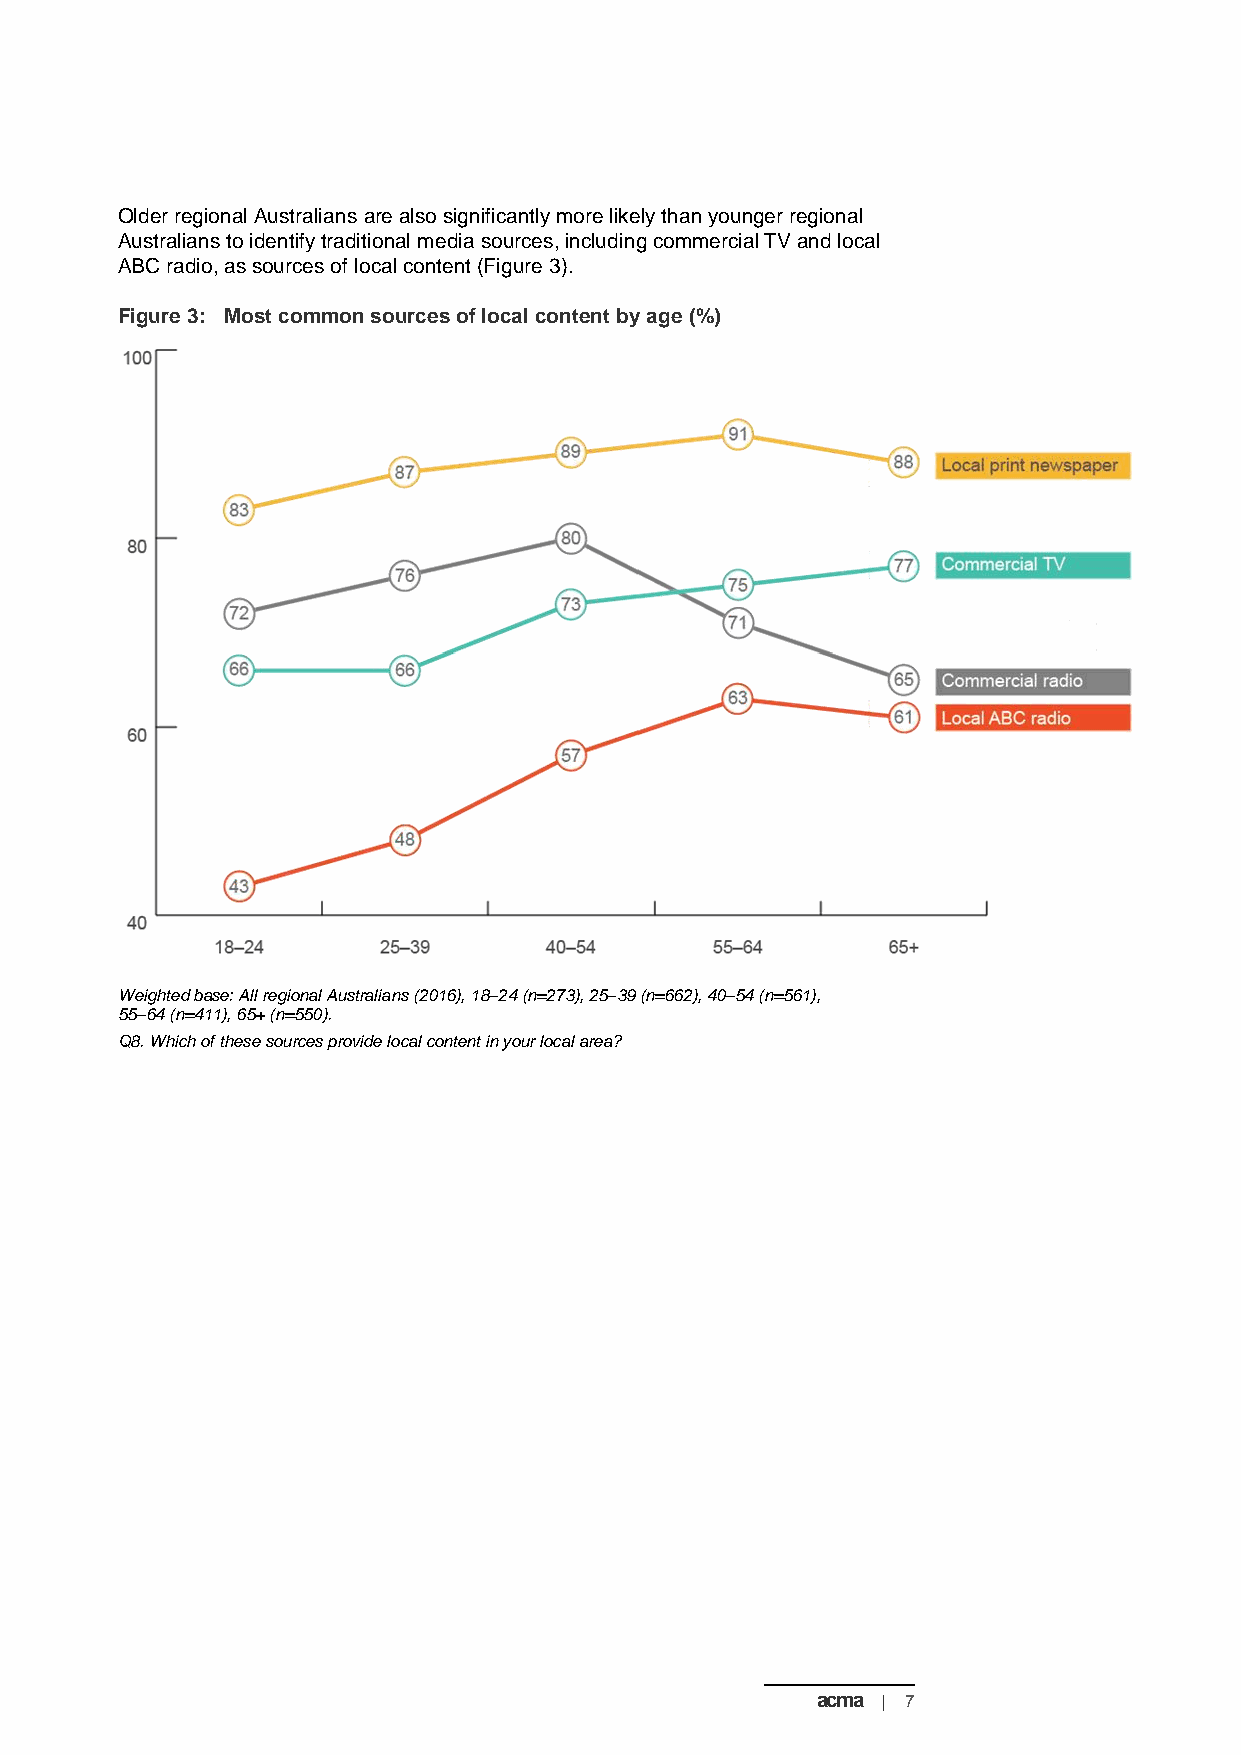
Older regional Australians are also significantly more likely than younger regional
 Australians to identify traditional media sources, including commercial TV and local
 ABC radio, as sources of local content (Figure 3).
 Figure 3: Most common sources of local content by age (%)
 Weighted base: All regional Australians (2016), 18–24 (n=273), 25–39 (n=662), 40–54 (n=561),
 55–64 (n=411), 65+ (n=550).
 Q8. Which of these sources provide local content in your local area?
 acma | 7